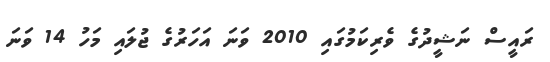
ރައީސް ނަޝީދުގެ ވެރިކަމުގައި 2010 ވަނަ އަހަރުގެ ޖުލައި މަހު 14 ވަނަ